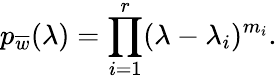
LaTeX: p_{\overline{{{w}}}}(\lambda)=\prod_{i=1}^{r}(\lambda-\lambda_{i})^{m_{i}}.